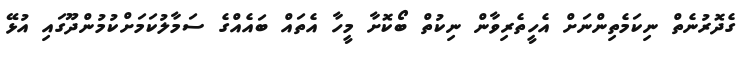
ގެދޮރުނެތް ނިކަމެތިންނަށް އެހީތެރިވާން ނިކުތް ބޯކޮށާ މީހާ އެތައް ބައެއްގެ ސަމާލުކަމަށްކުމުންދޫގައި އުޅޭ